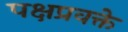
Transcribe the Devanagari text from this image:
पक्षप्रवक्ते